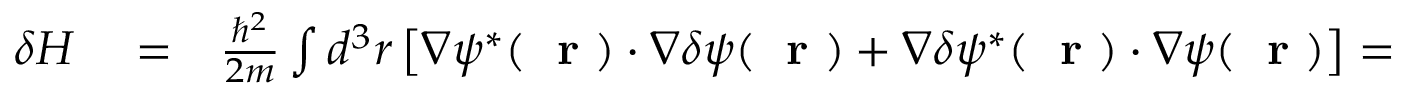
\begin{array} { r l r } { \delta H } & { { } = } & { \frac { \hbar ^ { 2 } } { 2 m } \int d ^ { 3 } r \left[ \nabla \psi ^ { * } ( \mathrm { ~ \bf ~ r ~ } ) \cdot \nabla \delta \psi ( \mathrm { ~ \bf ~ r ~ } ) + \nabla \delta \psi ^ { * } ( \mathrm { ~ \bf ~ r ~ } ) \cdot \nabla \psi ( \mathrm { ~ \bf ~ r ~ } ) \right] = } \end{array}